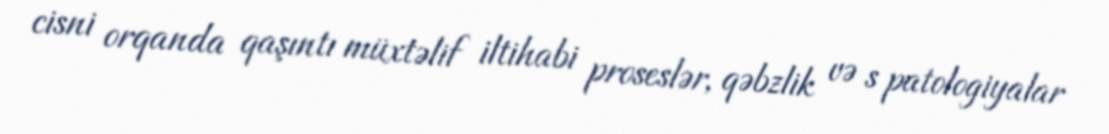
cisni orqanda qaşıntı müxtəlif iltihabi proseslər, qəbzlik və s patologiyalar